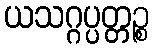
ယသဂ္ဂပ္ပတ္တဉ္စ